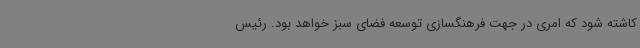
کاشته شود که امری در جهت فرهنگسازی توسعه فضای سبز خواهد بود. رئیس